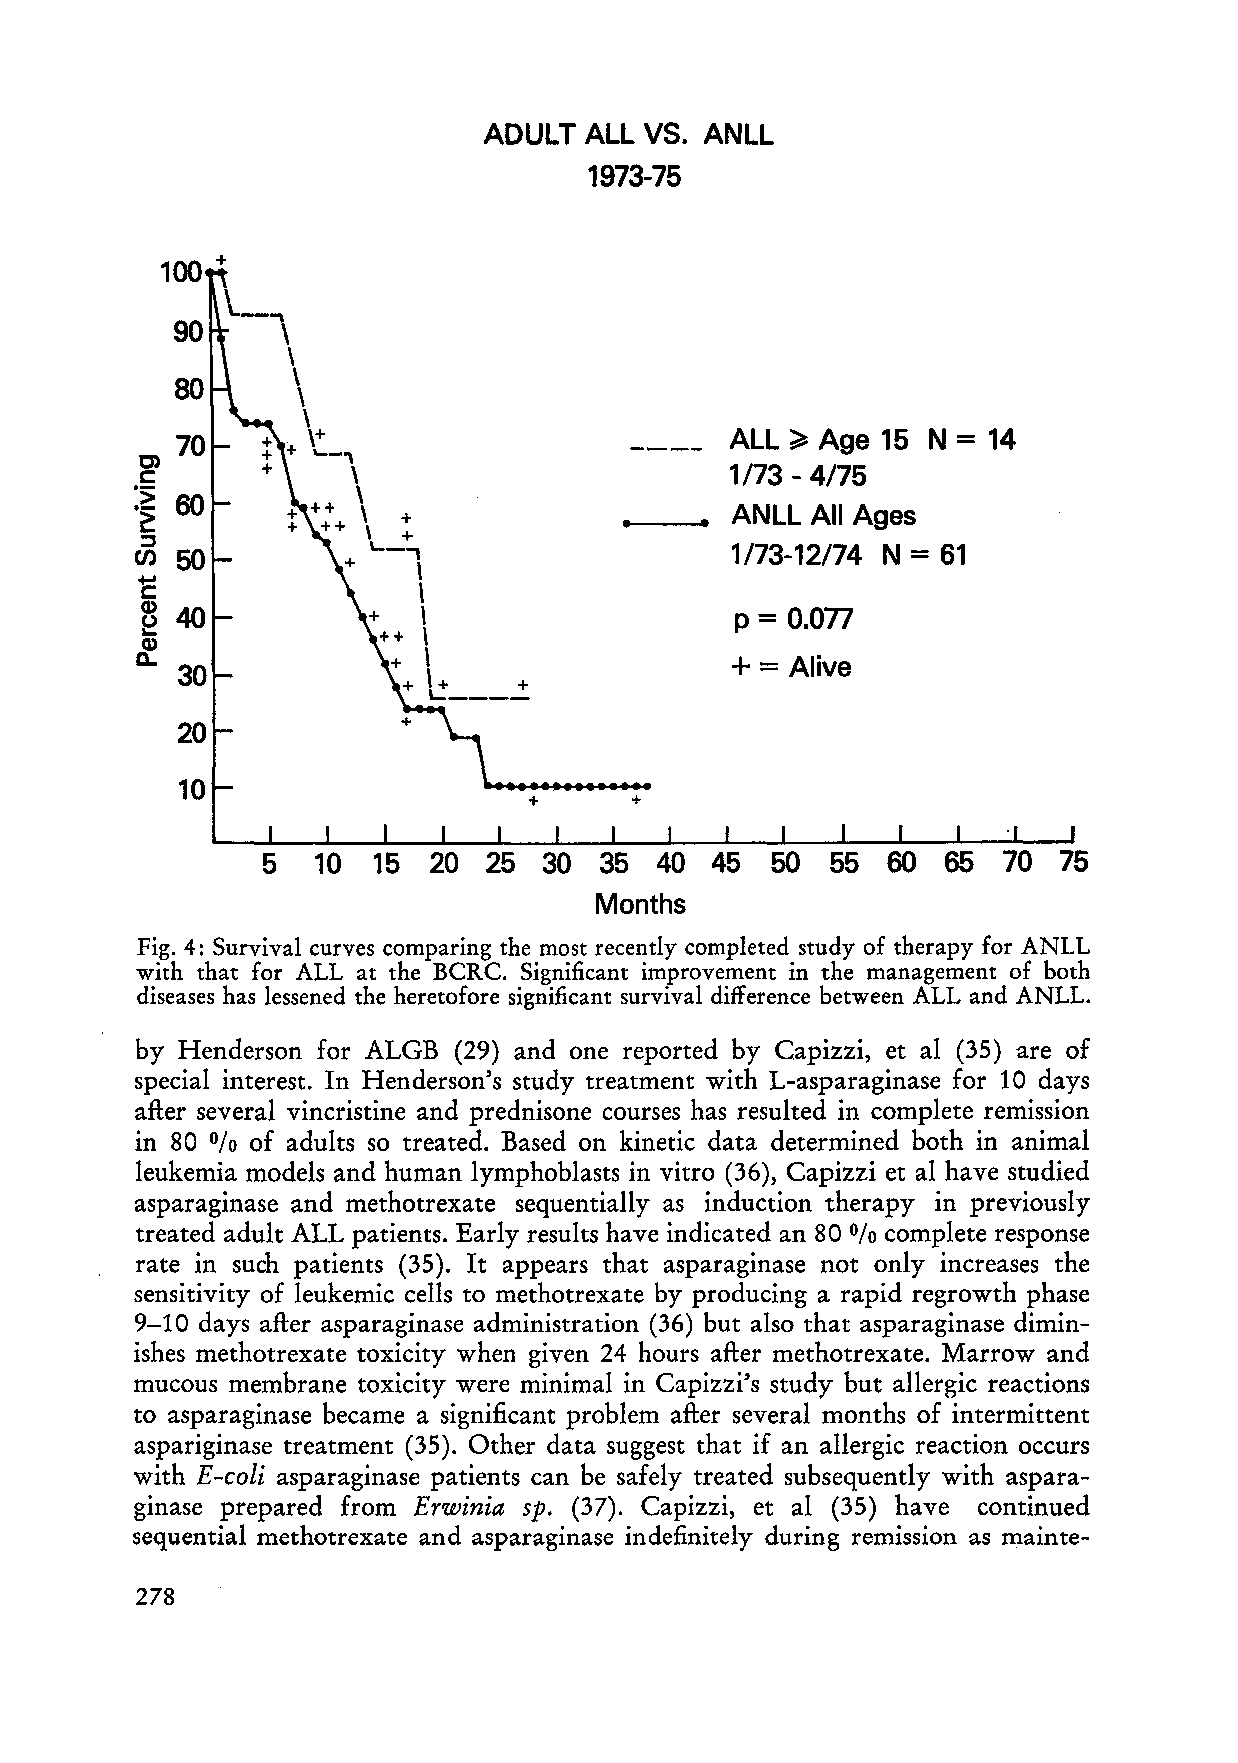
ADULT  ALL VS. ANLL
 1973-75
 100
 +
 \.-..,
 90     \
 \
 \
 80
 \
 \
 . + \ .+ ... _,              ALL ~ Age 15  N = 14
 C')
 c             \                        1/73 - 4/75
 :~ 60       ++ \                •_ _•  ANLL  All Ages
 ~           ++ \ L._+,
 \  +
 ::l
 50                                  1/73-12/74 N = 61
 CI)
 \
 1::
 \
 Q) 40           +  \                    p = 0.077
 ~
 ++ \
 Q)
 c..              + \                   + = Alive
 30
 + \L + _ ___ +
 20
 10
 +      +
 5   10  15  20 25  30  35  40 45  50  55  60  65 70  75
 Months
 Fig. 4: Survival curves comparing the most recently completed study of therapy for ANLL
 with that for ALL at the BCRC. Significant improvement in the management of both
 diseases has lessened the heretofore significant survival difference between ALL and ANLL.
 by Henderson for ALGB (29) and one reported by Capizzi, et al (35) are of
 special interest. In Henderson's study treatment with L-asparaginase for 10 days
 after several vincristine and prednisone courses has resulted in complete remission
 in 80   of adults so treated. Based on kinetic data determined both in animal
 %
 leukemia models and human lymphoblasts in vitro (36), Capizzi et al have studied
 asparaginase and methotrexate sequentially as induction therapy in previously
 treated adult ALL patients. Early results have indicated an 80 complete response
 %
 rate in such patients (35). It appears that asparaginase not only increases the
 sensitivity of leukemic cells to methotrexate by producing a rapid regrowth phase
 9-10 days after asparaginase administration (36) but also that asparaginase dimin
 ishes methotrexate toxicity when given 24 hours after methotrexate. Marrow and
 mucous membrane toxicity were minimal in Capizzi's study but allergie reactions
 to asparaginase became a significant problem after several months of intermittent
 aspariginase treatment (35). Other data suggest that if an allergie reaction occurs
 with E-coli asparaginase patients can be safely treated subsequently with aspara
 ginase prepared from Erwinia sp. (37). Capizzi, et al (35) have continued
 sequential methotrexate and asparagin ase indefinitely during remission as mainte-
 278